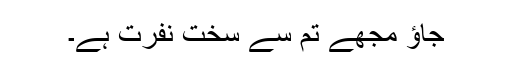
جاؤ مجھے تم سے سخت نفرت ہے۔